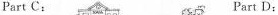
Part C: Part D: